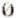
0